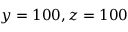
y = 1 0 0 , \mathrm { { } } z = 1 0 0